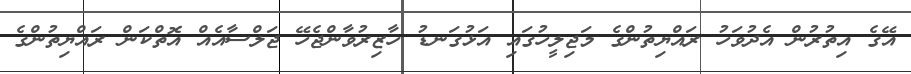
އޭގެ އިތުރުން އެދުވަހު ރައްޔިތުންގެ މަޖިލީހުގައި އަޅުގަނޑު ހާޒިރުވާންޖެހޭ ޖަލްސާއެއް އޮތްކަން ރައްޔިތުންގެ